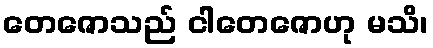
တေဇောသည် ငါတေဇောဟု မသိ၊